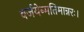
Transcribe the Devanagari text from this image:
वर्जयेन्मतिमान्नरः।